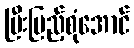
ပြီးပြည့်စုံအောင်